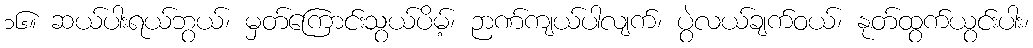
၁၆။ ဆယ်ပါးရယ်ဘွယ်၊ မှတ်ကြောင်းသွယ်ပိမ့်၊ ဉာဏ်ကျယ်ပါလျက်၊ ပွဲလယ်ချက်ဝယ်၊ နုတ်ထွက်ယွင်းပါး၊